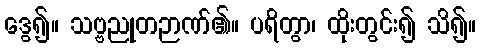
ဒွေ၍။ သဗ္ဗညုတဉာဏ်၏။ ပရိတွာ၊ ထိုးတွင်း၍ သိ၍။